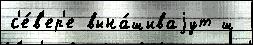
с'е́в'ер'е вына́шиваjут ш